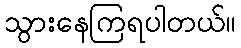
သွားနေကြရပါတယ်။